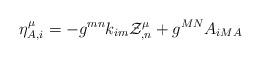
LaTeX: \begin{align*}\eta^{\mu}_{A,i}= -{g}^{mn}{k}_{im}{\cal Z}^{\mu}_{,n}+g^{MN}{A}_{iMA}\end{align*}